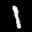
Label: 1